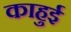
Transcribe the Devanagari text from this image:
काहुई